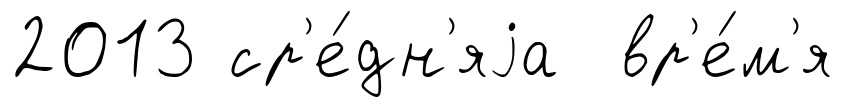
2013 ср'е́дн'яjа вр'е́м'я